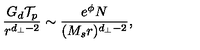
{ \frac { G _ { d } { \cal T } _ { p } } { r ^ { d _ { \perp } - 2 } } } \sim { \frac { e ^ { \phi } N } { ( M _ { s } r ) ^ { d _ { \perp } - 2 } } } ,